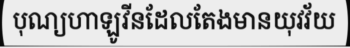
បុណ្យហាឡូវីនដែលតែងមានយុវវ័យ